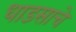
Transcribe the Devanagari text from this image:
धाडसाचे